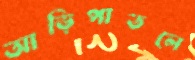
আড়িপাতলে